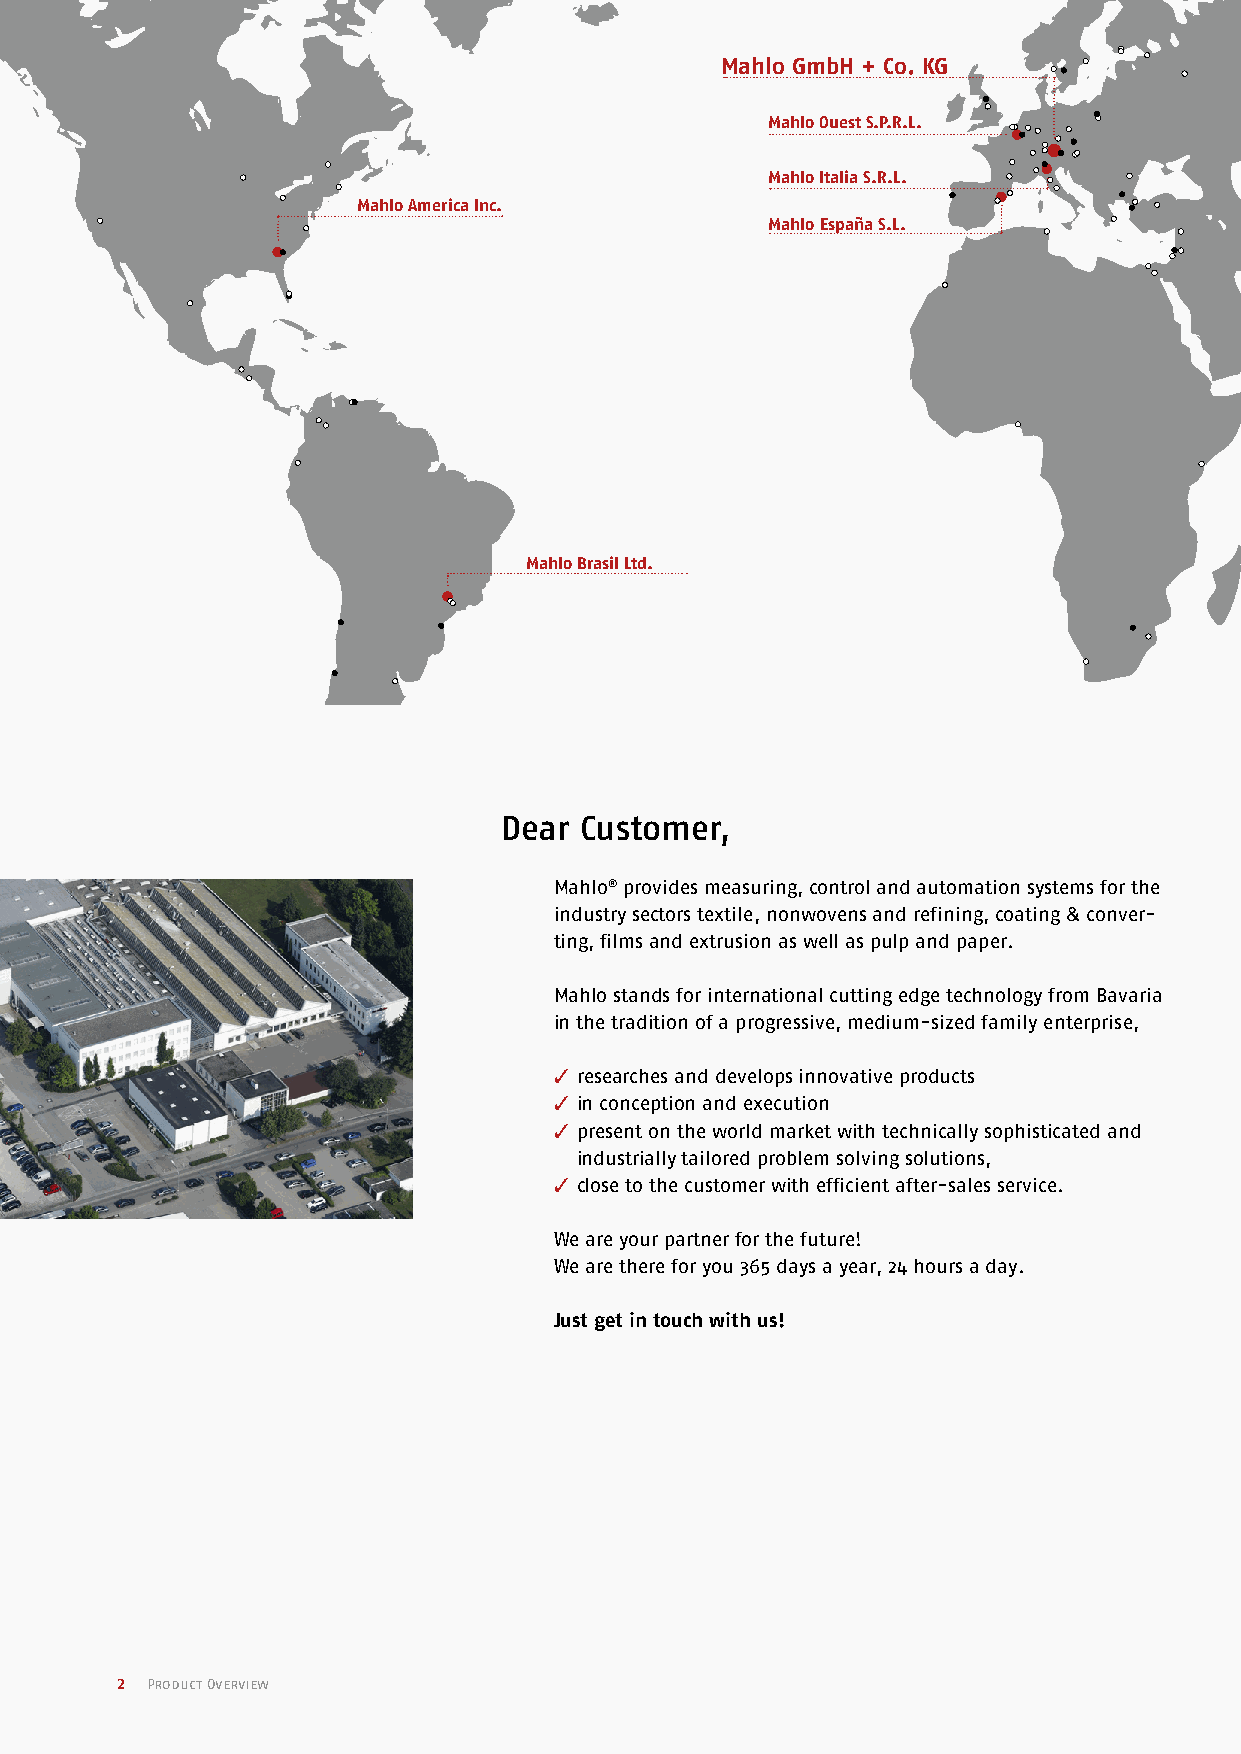
Mahlo GmbH + Co. KG
 Mahlo Ouest S.P.R.L.
 Mahlo Italia S.R.L.
 Mahlo America Inc.
 Mahlo España S.L.
 Mahlo Brasil Ltd.
 Dear Customer,
 Mahlo® provides measuring, control and automation systems for the
 industry sectors textile, nonwovens and refining, coating & conver-
 ting, films and extrusion as well as pulp and paper.
 Mahlo stands for international cutting edge technology from Bavaria
 in the tradition of a progressive, medium-sized family enterprise,
 3 researches and develops innovative products
 3 in conception and execution
 3 present on the world market with technically sophisticated and
 industrially tailored problem solving solutions,
 3 close to the customer with efficient after-sales service.
 We are your partner for the future!
 We are there for you 365 days a year, 24 hours a day.
 Just get in touch with us!
 2 Product Overview